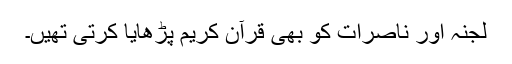
لجنہ اور ناصرات کو بھی قرآن کریم پڑھایا کرتی تھیں۔